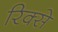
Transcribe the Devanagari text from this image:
रिक्से